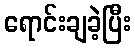
ရောင်းချခဲ့ပြီး